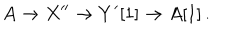
A \to X ^ { \prime \prime } \to Y ^ { \prime } [ 1 ] \to A [ 1 ] \, .